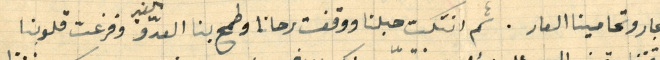
الجار وتحامينا العار. ثم انتكست حبلنا ووقفت رحانا وطمع بنا العدو وفزعت قلوبنا